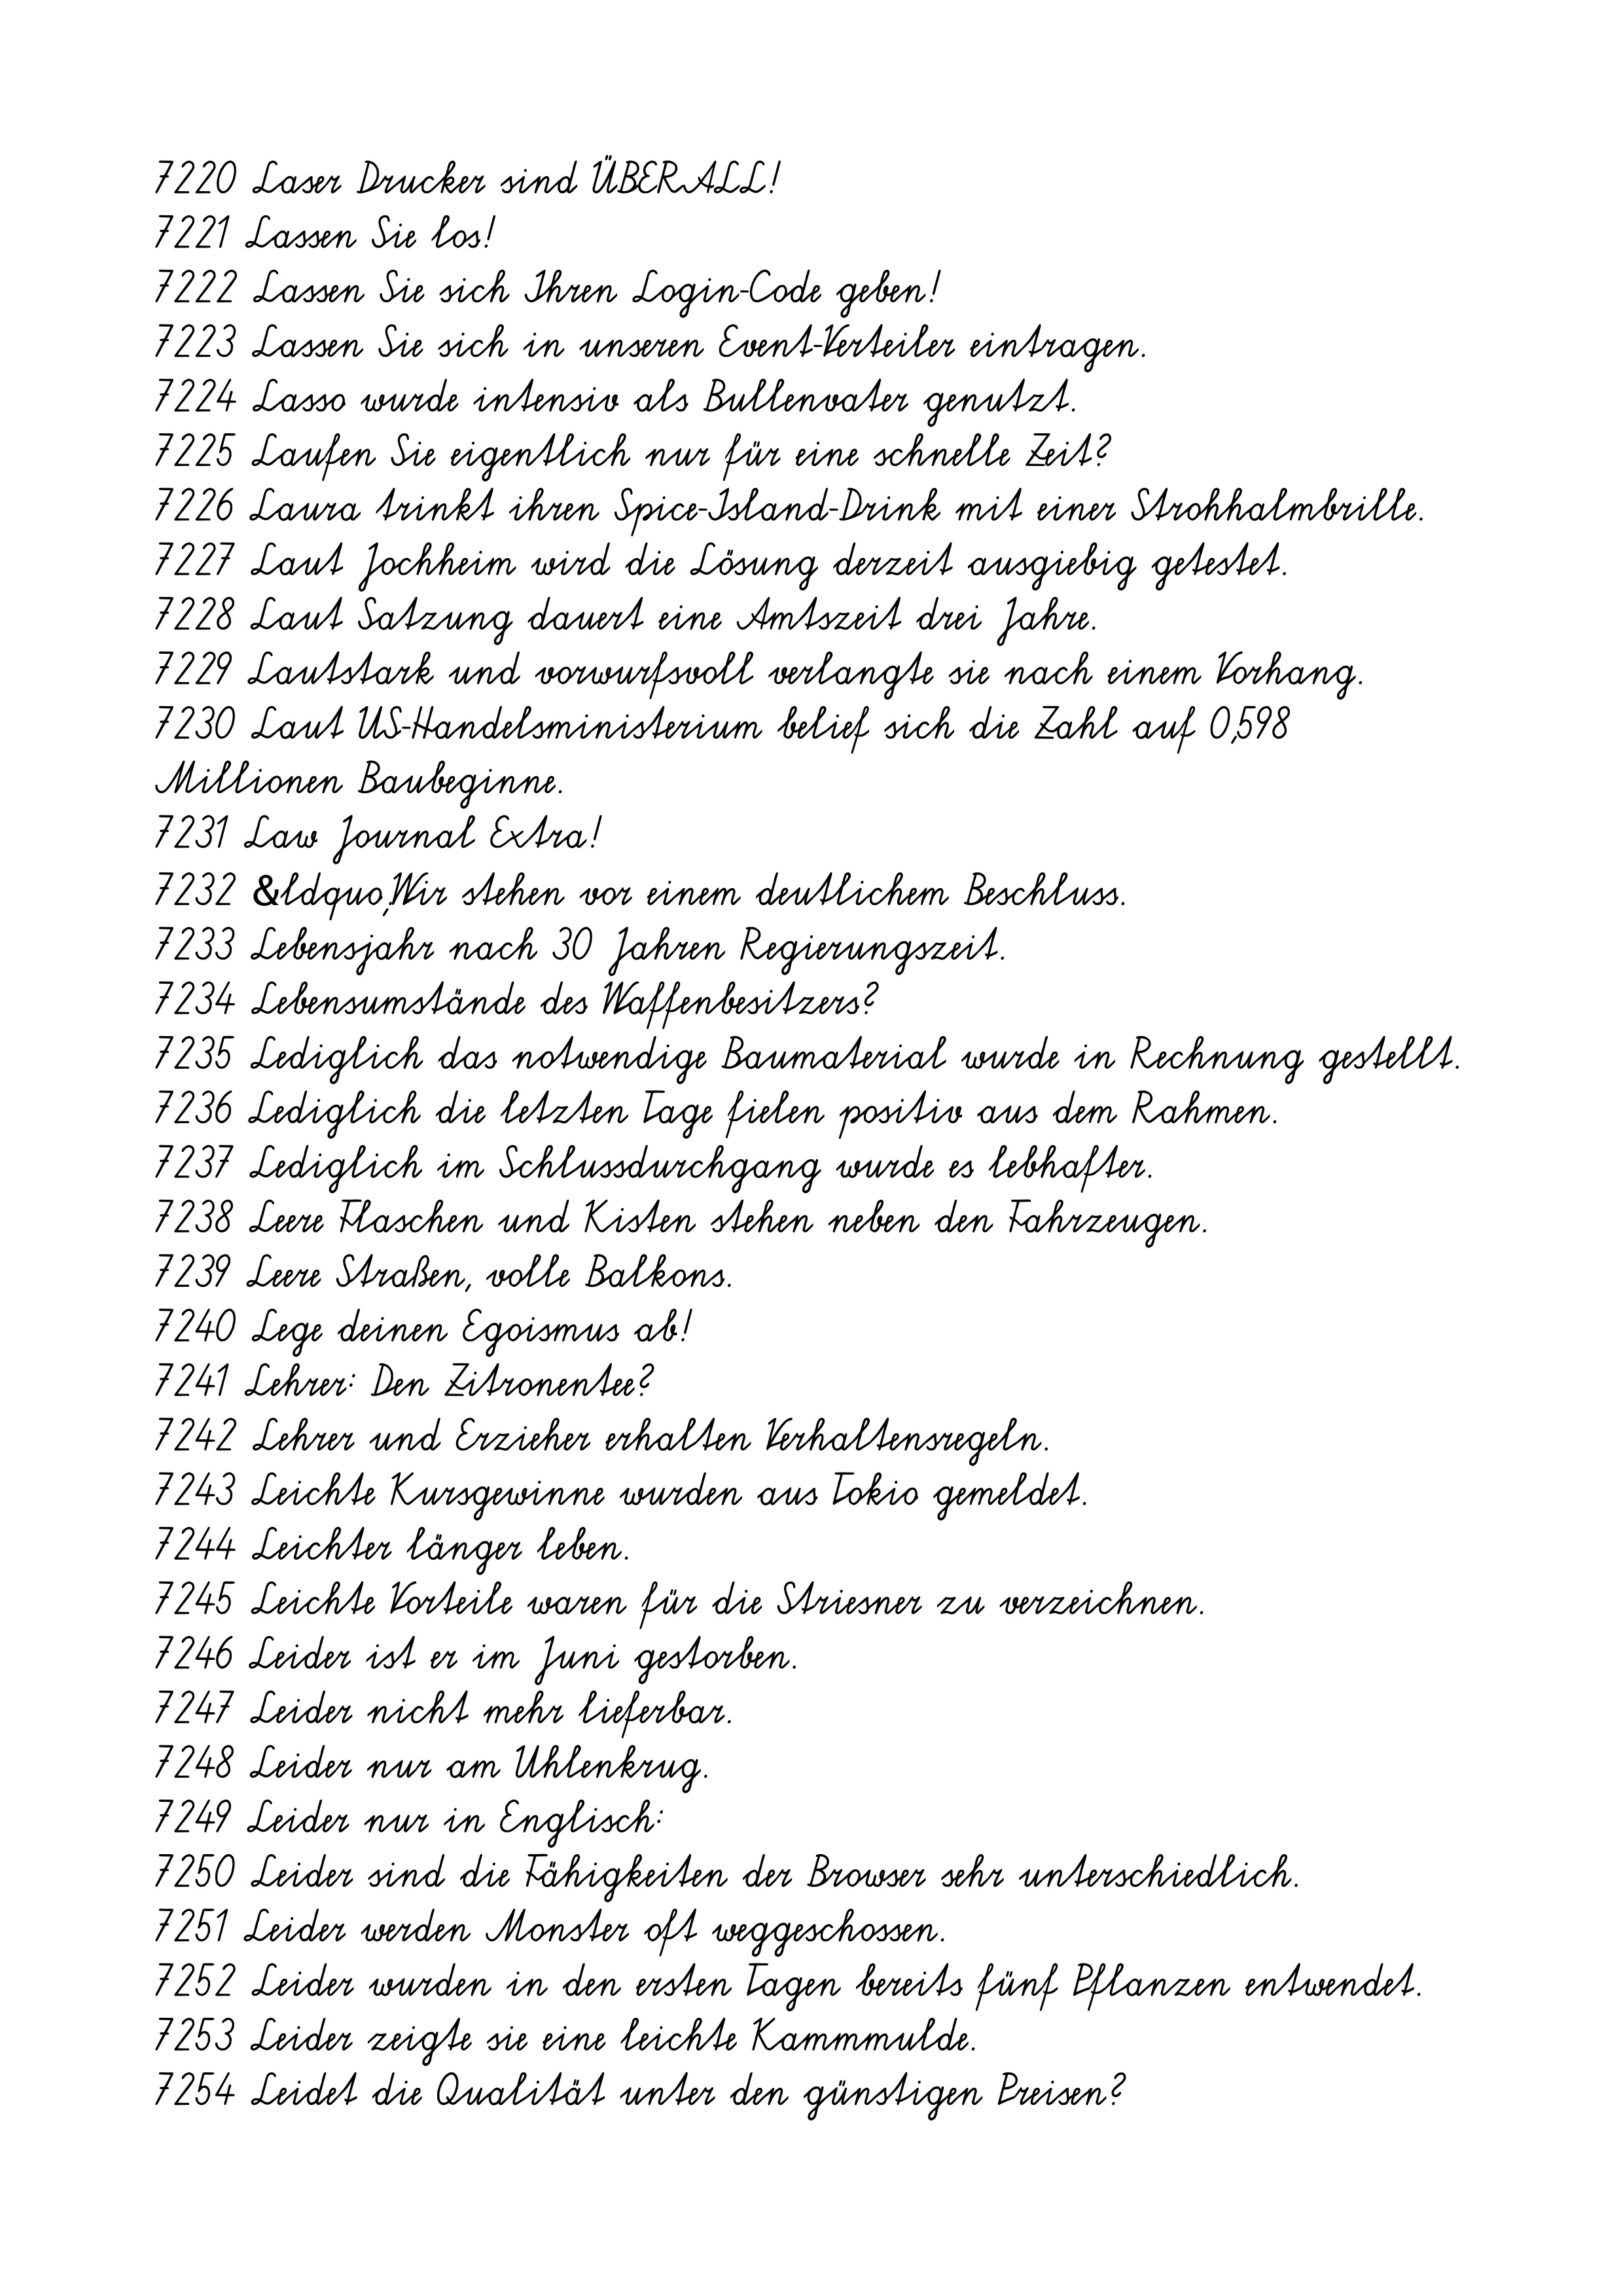
7220 Laser Drucker sind ÜBERALL!
7221 Lassen Sie los!
7222 Lassen Sie sich Ihren Login-Code geben!
7223 Lassen Sie sich in unseren Event-Verteiler eintragen.
7224 Lasso wurde intensiv als Bullenvater genutzt.
7225 Laufen Sie eigentlich nur für eine schnelle Zeit?
7226 Laura trinkt ihren Spice-Island-Drink mit einer Strohhalmbrille.
7227 Laut Jochheim wird die Lösung derzeit ausgiebig getestet.
7228 Laut Satzung dauert eine Amtszeit drei Jahre.
7229 Lautstark und vorwurfsvoll verlangte sie nach einem Vorhang.
7230 Laut US-Handelsministerium belief sich die Zahl auf 0,598
Millionen Baubeginne.
7231 Law Journal Extra!
7232 &ldquo;Wir stehen vor einem deutlichem Beschluss.
7233 Lebensjahr nach 30 Jahren Regierungszeit.
7234 Lebensumstände des Waffenbesitzers?
7235 Lediglich das notwendige Baumaterial wurde in Rechnung gestellt.
7236 Lediglich die letzten Tage fielen positiv aus dem Rahmen.
7237 Lediglich im Schlussdurchgang wurde es lebhafter.
7238 Leere Flaschen und Kisten stehen neben den Fahrzeugen.
7239 Leere Straßen, volle Balkons.
7240 Lege deinen Egoismus ab!
7241 Lehrer: Den Zitronentee?
7242 Lehrer und Erzieher erhalten Verhaltensregeln.
7243 Leichte Kursgewinne wurden aus Tokio gemeldet.
7244 Leichter länger leben.
7245 Leichte Vorteile waren für die Striesner zu verzeichnen.
7246 Leider ist er im Juni gestorben.
7247 Leider nicht mehr lieferbar.
7248 Leider nur am Uhlenkrug.
7249 Leider nur in Englisch:
7250 Leider sind die Fähigkeiten der Browser sehr unterschiedlich.
7251 Leider werden Monster oft weggeschossen.
7252 Leider wurden in den ersten Tagen bereits fünf Pflanzen entwendet.
7253 Leider zeigte sie eine leichte Kammmulde.
7254 Leidet die Qualität unter den günstigen Preisen?